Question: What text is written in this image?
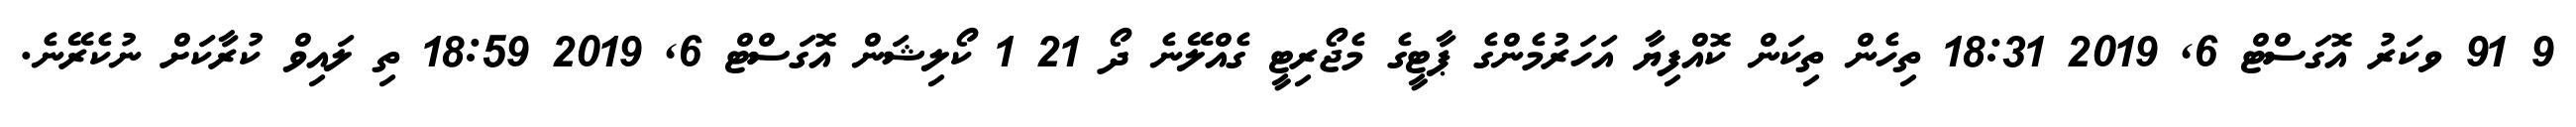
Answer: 9 91 ވކަރު އޮގަސްޓް 6, 2019 18:31 ތިހެން ތިކަން ކޮއްފިޔާ އަހަރުމެންގެ ޕާޓީގެ މެޖޯރިޓީ ގެއްލޭނެ ދޯ 21 1 ކޯލިޝަން އޮގަސްޓް 6, 2019 18:59 ތި ލައިވް ކުރާކަށް ނުކެރޭނެ.